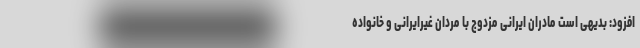
افزود: بدیهی است مادران ایرانی مزدوج با مردان غیرایرانی و خانواده